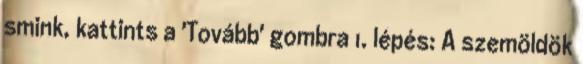
smink, kattints a 'Tovább' gombra 1. lépés: A szemöldök